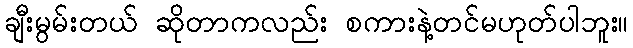
ချီးမွမ်းတယ် ဆိုတာကလည်း စကားနဲ့တင်မဟုတ်ပါဘူး။